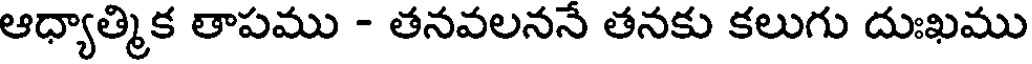
ఆధ్యాత్మిక తాపము - తనవలననే తనకు కలుగు దుఃఖము